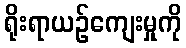
ရိုးရာယဉ်ကျေးမှုကို